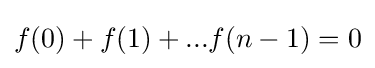
f(0)+f(1)+...f(n-1)=0